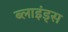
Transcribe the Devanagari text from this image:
ब्लाइंड्स